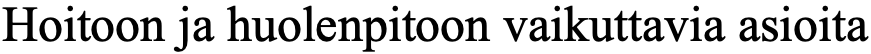
Hoitoon ja huolenpitoon vaikuttavia asioita